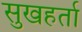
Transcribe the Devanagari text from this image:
सुखहर्ता